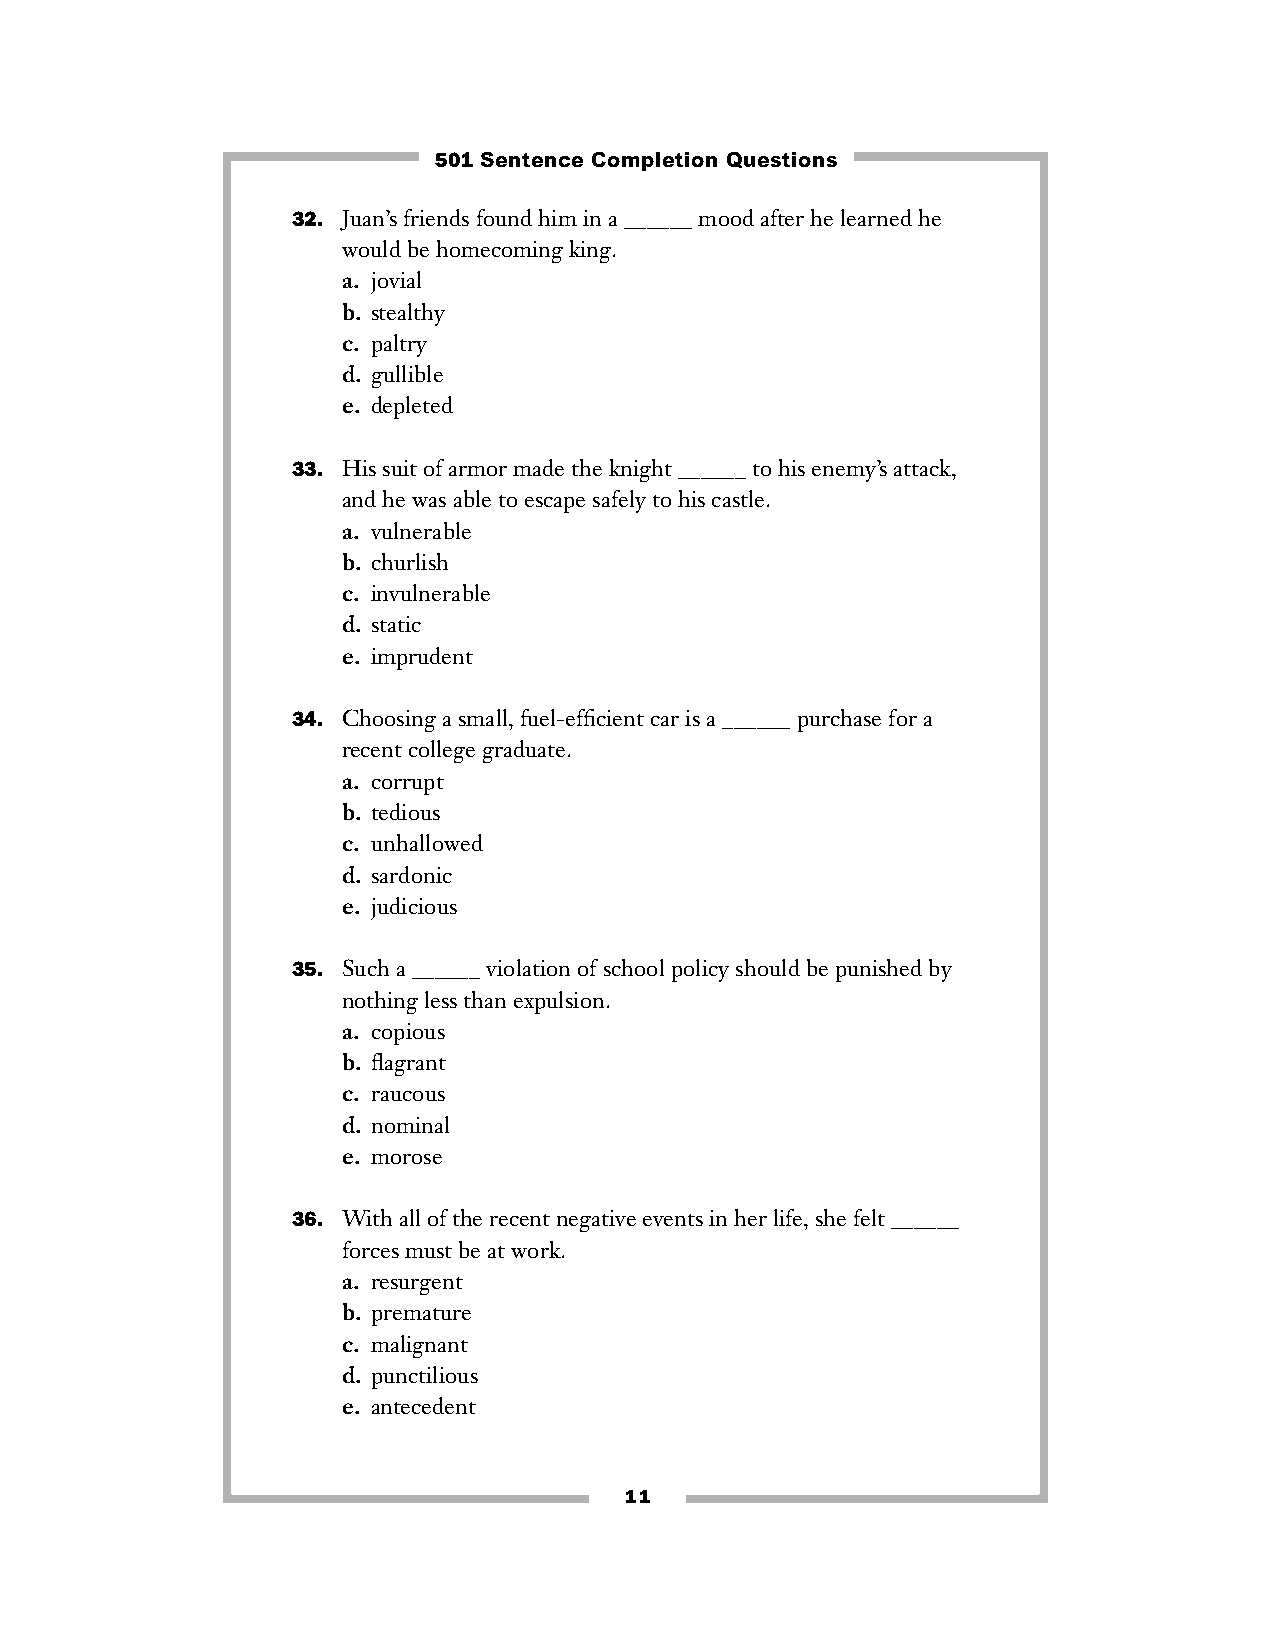
501 Sentence Completion Questions
 32. Juan’s friends found him in a ______ mood after he learned he
 would be homecoming king.
 a. jovial
 b. stealthy
 c. paltry
 d. gullible
 e. depleted
 33. His suit of armor made the knight ______ to his enemy’s attack,
 and he was able to escape safely to his castle.
 a. vulnerable
 b. churlish
 c. invulnerable
 d. static
 e. imprudent
 34. Choosing a small, fuel-efficient car is a ______ purchase for a
 recent college graduate.
 a. corrupt
 b. tedious
 c. unhallowed
 d. sardonic
 e. judicious
 35. Such a ______ violation of school policy should be punished by
 nothing less than expulsion.
 a. copious
 b. flagrant
 c. raucous
 d. nominal
 e. morose
 36. With all of the recent negative events in her life, she felt ______
 forces must be at work.
 a. resurgent
 b. premature
 c. malignant
 d. punctilious
 e. antecedent
 11